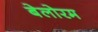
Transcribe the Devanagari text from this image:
बेलोरम